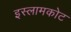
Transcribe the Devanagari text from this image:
इस्लामकोट